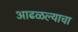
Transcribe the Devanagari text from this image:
आढळल्याचा